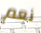
نعم